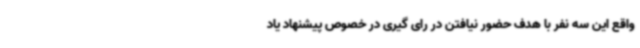
واقع این سه نفر با هدف حضور نیافتن در رای گیری در خصوص پیشنهاد یاد